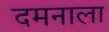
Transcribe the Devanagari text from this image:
दमनाला